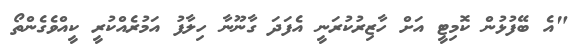
"އެ ބޭފުޅުން ކޮމިޓީ އަށް ހާޒިރުކުރަނީ އެފަދަ ގާނޫނާ ހިލާފު އަމުރެއްކުރީ ކީއްވެގެންތޯ